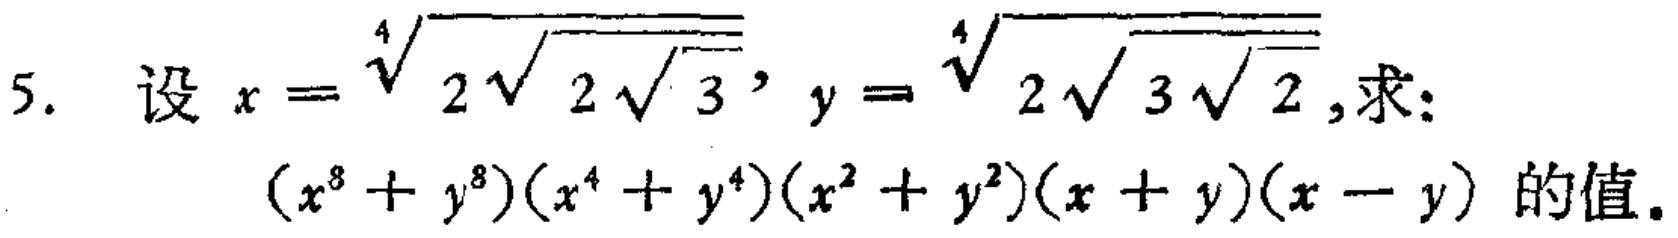
设 \(x = \sqrt[4]{2\sqrt{2\sqrt{3}}}\)，\(y = \sqrt[4]{2\sqrt{3\sqrt{2}}}\)，求：

\((x^{8}+y^{8})(x^{4}+y^{4})(x^{2}+y^{2})(x + y)(x - y)\) 的值。